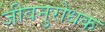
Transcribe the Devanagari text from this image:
जीवनुरोधक